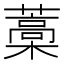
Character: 藁